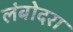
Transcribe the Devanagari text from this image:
लंबोदरा